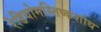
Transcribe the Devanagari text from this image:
रेडियोमस्तिष्कशोथ